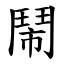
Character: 鬧